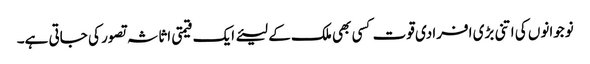
نوجوانوں کی اتنی بڑی افرادی قوت کسی بھی ملک کے لیئے ایک قیمتی اثاثہ تصور کی جاتی ہے۔